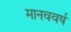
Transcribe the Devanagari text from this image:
मानववर्ष